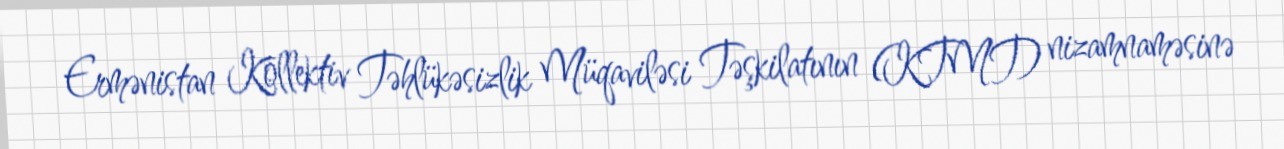
Ermənistan Kollektiv Təhlükəsizlik Müqaviləsi Təşkilatının (KTMT) nizamnaməsinə